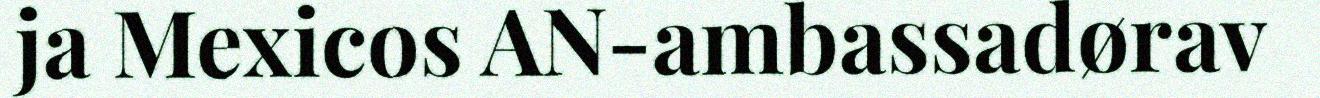
ja Mexicos AN-ambassadørav